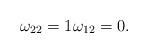
LaTeX: \begin{align*}\omega_{2 2} = 1 \omega_{1 2} = 0.\end{align*}